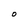
Character: O